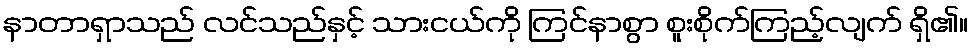
နာတာရှာသည် လင်သည်နှင့် သားငယ်ကို ကြင်နာစွာ စူးစိုက်ကြည့်လျက် ရှိ၏။